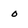
Character: 0